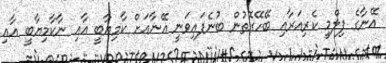
އޭނާގެ ފިލްމީ ކެރިއަރާއި ބޭހޭގޮތުން ބުނެފައިވަނީ އޭނާއަށް ކާމިޔާބީ އާއި ނާކާމިޔާބީ އާއި